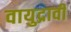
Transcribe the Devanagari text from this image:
वायुद्रावी